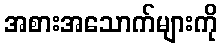
အစားအသောက်များကို